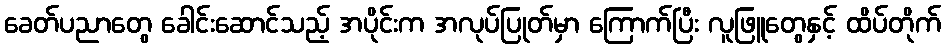
ခေတ်ပညာတွေ ခေါင်းဆောင်သည့် အပိုင်းက အလုပ်ပြုတ်မှာ ကြောက်ပြီး လူဖြူတွေနှင့် ထိပ်တိုက်